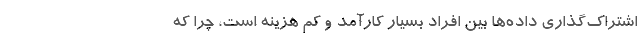
اشتراک‌گذاری داده‌ها بین افراد بسیار کارآمد و کم هزینه است، چرا که